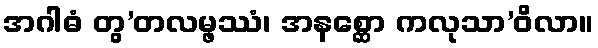
အဂါဓံ တွ’တလမ္ဖဿံ၊ အနစ္ဆော ကလုသာ’ဝိလာ။